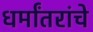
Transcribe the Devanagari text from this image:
धर्मांतरांचे